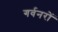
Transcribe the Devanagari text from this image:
गर्वनरों